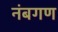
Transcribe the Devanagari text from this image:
नंबगण